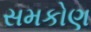
સમકોણ